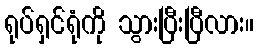
ရုပ်ရှင်ရုံကို သွားပြီးပြီလား။